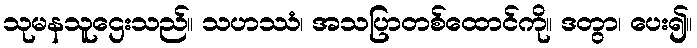
သုမနသူဌေးသည်။ သဟဿံ၊ အသပြာတစ်ထောင်ကို။ ဒတွာ၊ ပေး၍။